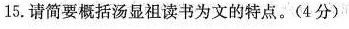
15.请简要概括汤显祖读书为文的特点。(4分)